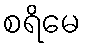
စရိမေ